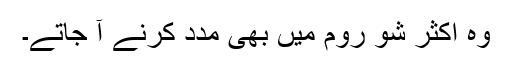
وہ اکثر شو روم میں بھی مدد کرنے آ جاتے۔